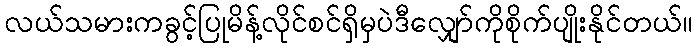
လယ်သမားကခွင့်ပြုမိန့်လိုင်စင်ရှိမှပဲဒီလျှော်ကိုစိုက်ပျိုးနိုင်တယ်။